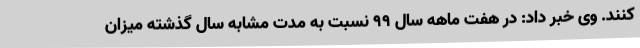
کنند. وی خبر داد: در هفت ماهه سال 99 نسبت به مدت مشابه سال گذشته میزان